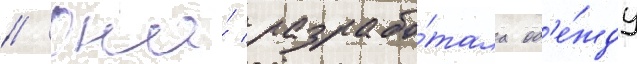
// Она́ разрабо́тала од'е́жду